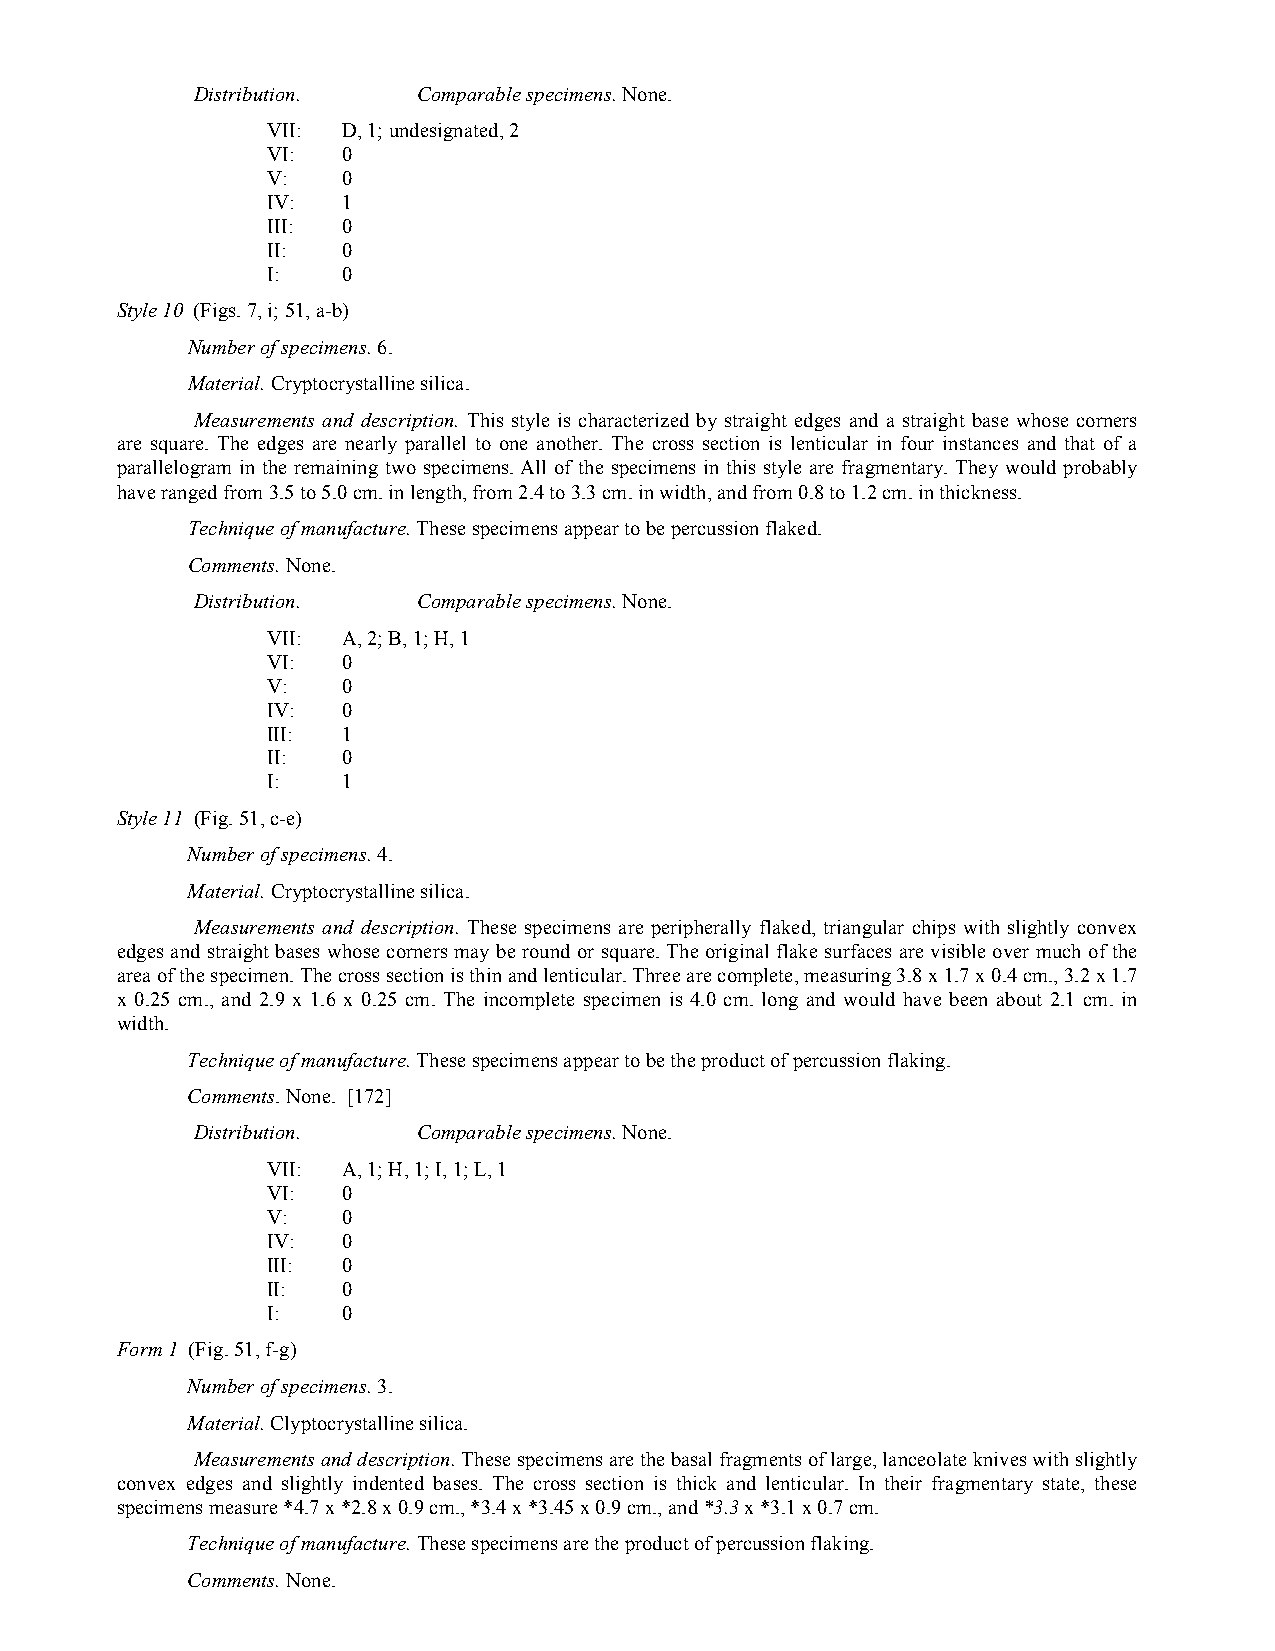
Distribution.  Comparable specimens. None.
 VII: D, 1; undesignated, 2
 VI:  0
 V:   0
 IV:  1
 III: 0
 II:  0
 I:   0
 Style 10 (Figs. 7, i; 51, a-b)
 Number of specimens. 6.
 Material. Cryptocrystalline silica.
 Measurements and description. This style is characterized by straight edges and a straight base whose corners
 are square. The edges are nearly parallel to one another. The cross section is lenticular in four instances and that of a
 parallelogram in the remaining two specimens. All of the specimens in this style are fragmentary. They would probably
 have ranged from 3.5 to 5.0 cm. in length, from 2.4 to 3.3 cm. in width, and from 0.8 to 1.2 cm. in thickness.
 Technique of manufacture. These specimens appear to be percussion flaked.
 Comments. None.
 Distribution.  Comparable specimens. None.
 VII: A, 2; B, 1; H, 1
 VI:  0
 V:   0
 IV:  0
 III: 1
 II:  0
 I:   1
 Style 11 (Fig. 51, c-e)
 Number of specimens. 4.
 Material. Cryptocrystalline silica.
 Measurements and description. These specimens are peripherally flaked, triangular chips with slightly convex
 edges and straight bases whose corners may be round or square. The original flake surfaces are visible over much of the
 area of the specimen. The cross section is thin and lenticular. Three are complete, measuring 3.8 x 1.7 x 0.4 cm., 3.2 x 1.7
 x 0.25 cm., and 2.9 x 1.6 x 0.25 cm. The incomplete specimen is 4.0 cm. long and would have been about 2.1 cm. in
 width.
 Technique of manufacture. These specimens appear to be the product of percussion flaking.
 Comments. None. [172]
 Distribution.  Comparable specimens. None.
 VII: A, 1; H, 1; I, 1; L, 1
 VI:  0
 V:   0
 IV:  0
 III: 0
 II:  0
 I:   0
 Form 1 (Fig. 51, f-g)
 Number of specimens. 3.
 Material. Clyptocrystalline silica.
 Measurements and description. These specimens are the basal fragments of large, lanceolate knives with slightly
 convex edges and slightly indented bases. The cross section is thick and lenticular. In their fragmentary state, these
 specimens measure *4.7 x *2.8 x 0.9 cm., *3.4 x *3.45 x 0.9 cm., and *3.3 x *3.1 x 0.7 cm.
 Technique of manufacture. These specimens are the product of percussion flaking.
 Comments. None.